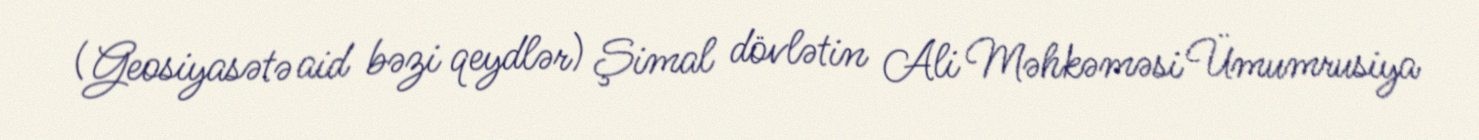
(Geosiyasətə aid bəzi qeydlər) Şimal dövlətin Ali Məhkəməsi Ümumrusiya